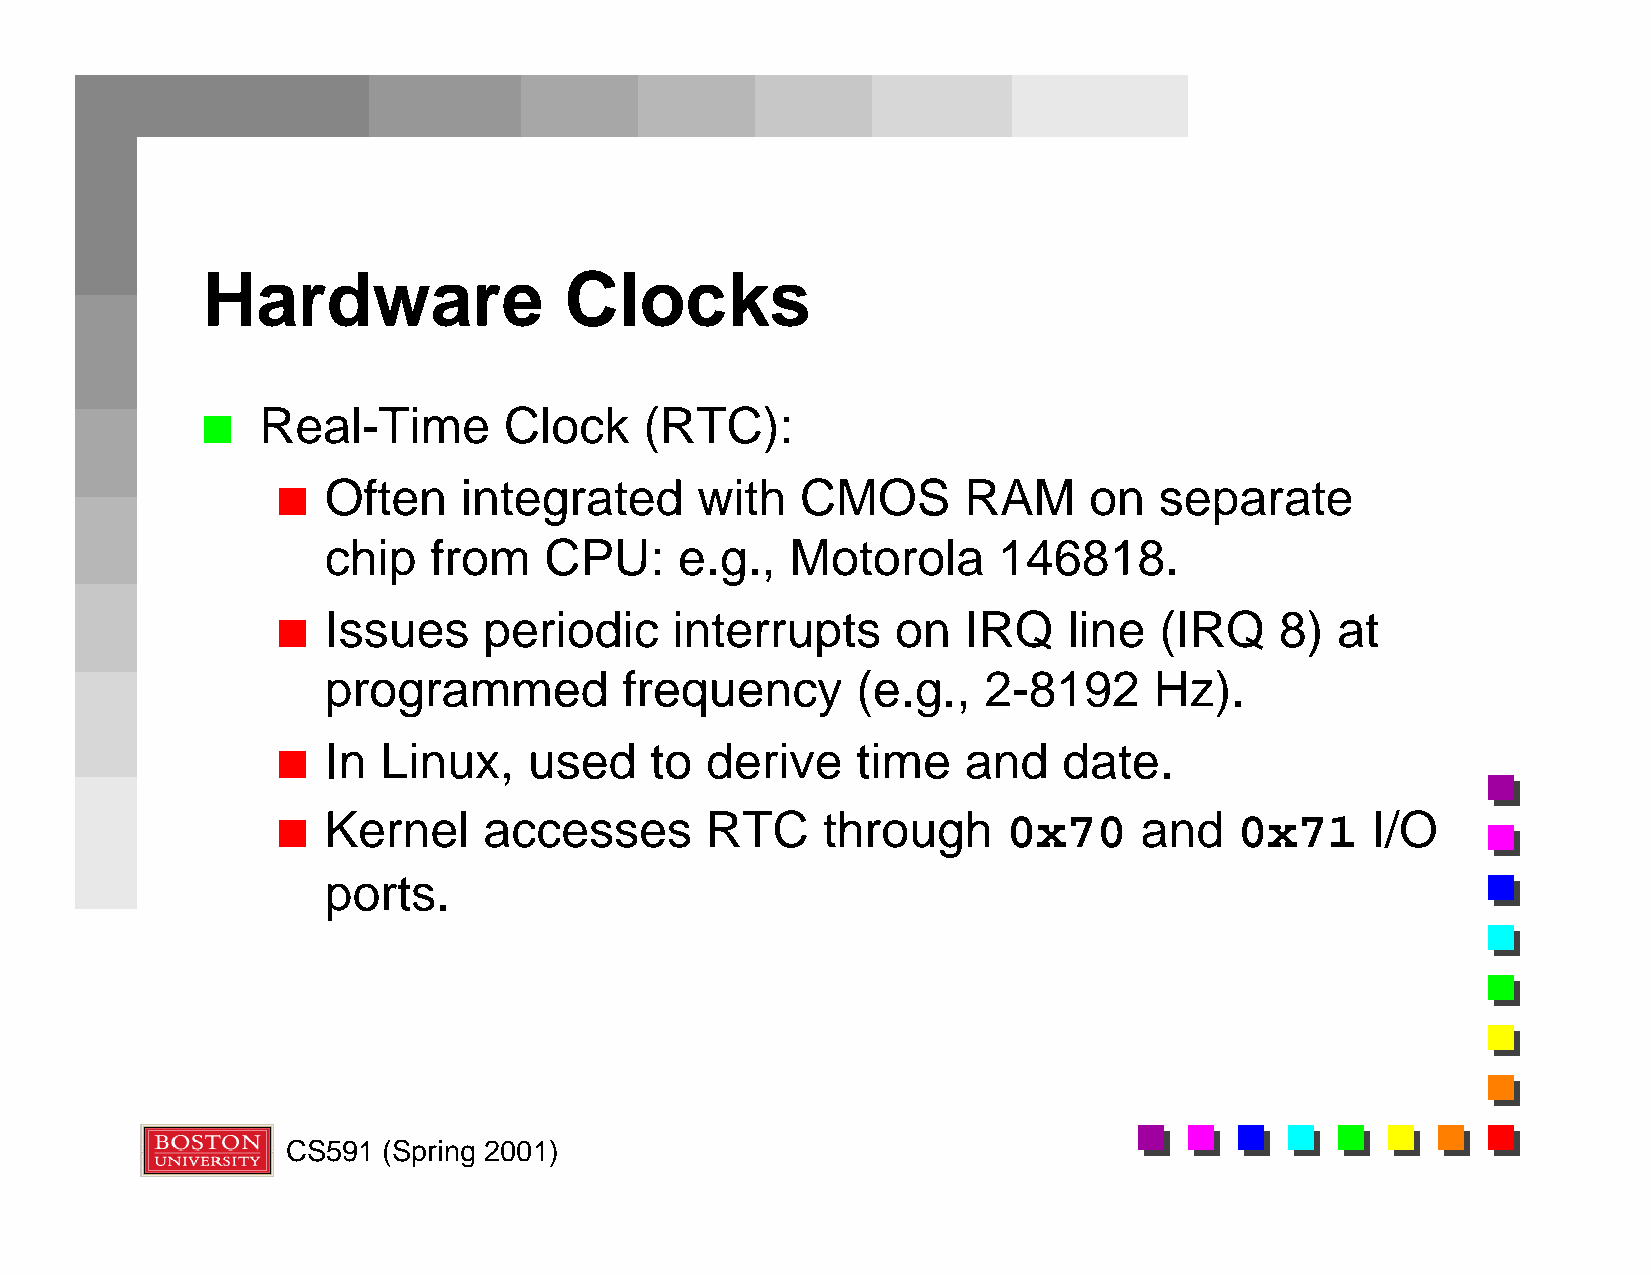
Hardware                Clocks
 Real-Time       Clock     (RTC):
 n
 Often     integrated     with   CMOS       RAM     on   separate
 n
 chip   from    CPU:     e.g.,  Motorola      146818.
 Issues     periodic    interrupts     on   IRQ    line  (IRQ    8) at
 n
 programmed          frequency       (e.g.,  2-8192     Hz).
 In  Linux,    used    to  derive    time   and   date.
 n
 Kernel     accesses       RTC    through      0x70    and    0x71     I/O
 n
 ports.
 CS591 (Spring 2001)